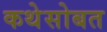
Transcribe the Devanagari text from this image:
कथेसोबत